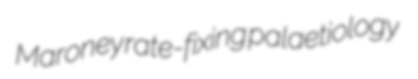
Maroney rate-fixing palaetiology